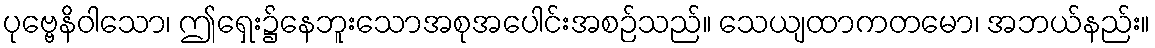
ပုဗ္ဗေနိဝါသော၊ ဤရှေး၌နေဘူးသောအစုအပေါင်းအစဉ်သည်။ သေယျထာကတမော၊ အဘယ်နည်း။